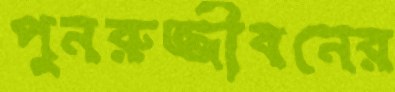
পুনরুজ্জীবনের